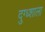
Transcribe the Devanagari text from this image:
दुग्ध्शाला